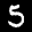
Label: 5